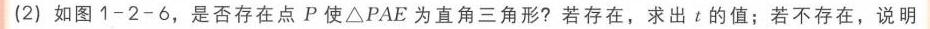
(2) 如图1 - 2 - 6，是否存在点\(P\)使\(\triangle PAE\)为直角三角形？若存在，求出\(t\)的值；若不存在，说明